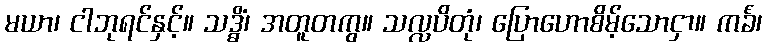
မယာ၊ ငါဘုရင်နှင့်။ သဒ္ဓိံ၊ အတူတကွ။ သလ္လပိတုံ၊ ပြောဟောစိမ့်သောငှာ။ ကင်္ခံ၊